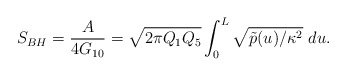
\begin{align*}S_{BH} = {A \over {4G_{10}}} = \sqrt{2\pi Q_1Q_5} \int_0^L \sqrt{\tilde{p}(u)/\kappa^2}\ du.\end{align*}